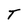
Character: T